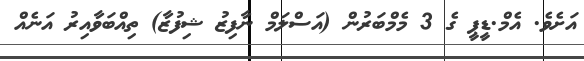
އަށެވެ. އެމް.ޑީޕީ ގެ 3 މެމްބަރުން (އަސްލަމް ނާފިޒު ޝިފުޒާ) ތިއްބަވާއިރު އަނެއް